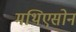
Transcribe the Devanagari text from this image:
मथिएसोन